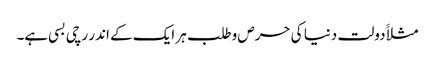
مثلاََ دولت دنیا کی حرص وطلب ہر ایک کے اندر رچی بسی ہے۔